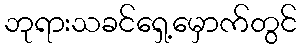
ဘုရားသခင်ရှေ့မှောက်တွင်